Note on the mental hospitals in Burma - 1925-1940
Year: 1925
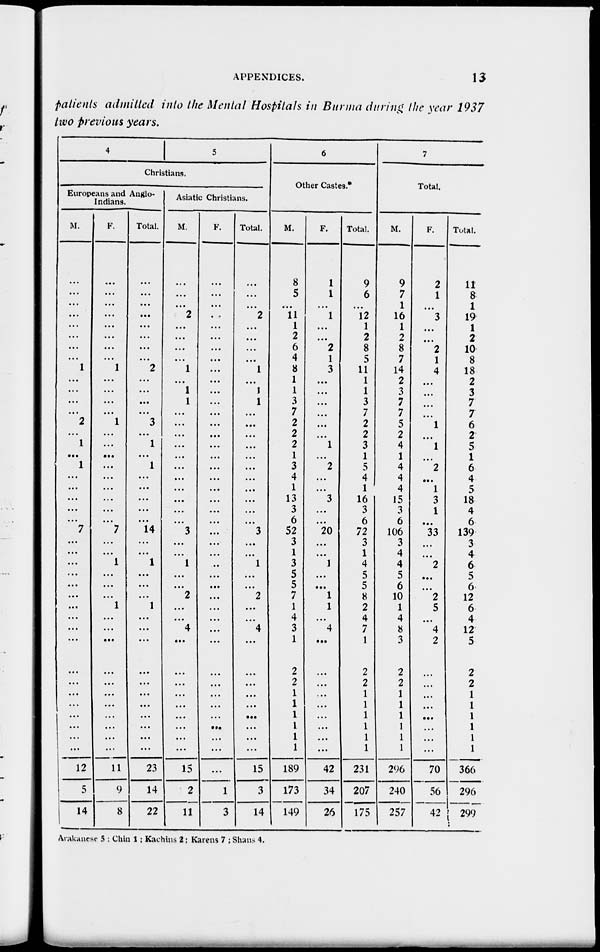
APPENDICES.
13
patients admitted into the Mental Hospitals in Burma during the year 1937
two previous years.
4
5
Christians.
Europeans and Anglo-
Indians.
M.
...
...
...
...
...
...
...
...
1
...
...
...
...
2
...
1
...
1
...
...
...
...
...
7
...
...
...
...
...
...
...
...
...
...
...
...
...
...
...
...
...
...
12
5
14
F.
...
...
...
...
...
...
...
...
1
...
...
...
...
1
...
...
...
...
...
...
...
...
...
7
...
...
1
...
...
...
1
...
...
...
...
...
...
...
...
...
...
...
11
9
8
Total.
...
...
...
...
...
...
...
...
2
...
...
...
...
3
...
1
...
1
...
...
...
...
...
14
...
...
1
...
...
...
1
...
...
...
...
...
...
...
...
...
...
...
23
14
22
Asiatic Christians.
M.
...
...
...
2
...
...
...
...
1
...
1
1
...
...
...
...
...
...
...
...
...
...
...
3
...
...
1
...
...
2
...
...
4
...
...
...
...
...
...
...
...
...
15
2
11
F.
...
...
...
...
...
...
...
...
...
...
...
...
...
...
...
...
...
...
...
...
...
...
...
...
...
...
...
...
...
...
...
...
...
...
...
...
...
...
...
...
...
...
...
1
3
Total.
...
...
...
2
...
...
...
...
1
...
1
1
...
...
...
...
...
...
...
...
...
...
...
3
...
...
1
...
...
2
...
...
4
...
...
...
...
...
...
...
...
...
15
3
14
6
Other Castes.*
M.
8
5
...
11
1
2
6
4
8
1
1
3
7
2
2
2
1
3
4
1
13
3
6
52
3
1
3
5
5
7
1
4
3
1
2
2
1
1
1
1
1
1
189
173
149
F.
1
1
...
1
...
...
2
1
3
...
...
...
...
...
...
1
...
2
...
...
3
...
...
20
...
...
1
...
...
1
1
...
4
...
...
...
...
...
...
...
...
...
42
34
26
Total.
9
6
...
12
1
2
8
5
11
1
1
3
7
2
2
3
1
5
4
1
16
3
6
72
3
1
4
5
5
8
2
4
7
1
2
2
1
1
1
1
1
1
231
207
175
7
Total.
M.
9
7
1
16
1
2
8
7
14
2
3
7
7
5
2
4
1
4
4
4
15
3
6
106
3
4
4
5
6
10
1
4
8
3
2
2
...
...
...
1
1
1
296
240
257
F.
2
1
...
3
...
...
2
1
4
...
...
...
...
1
...
1
...
2
...
1
3
1
...
33
...
...
2
...
...
2
5
...
4
2
...
...
...
...
...
...
...
...
70
56
42
Total.
11
8
1
19
1
2
10
8
18
2
3
7
7
6
2
5
1
6
4
5
18
4
6
139
3
4
6
5
6
12
6
4
12
5
2
2
...
...
...
...
...
...
366
296
299
Arakanese 5 ; Chin 1; Kachins 2 ; Karens 7 ; Shans 4.